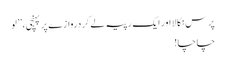
پرس نکالا اور ایک رپیہ لے کر دروازے پر پہنچی، ’’لو
چاچا!